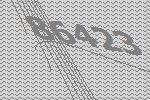
86423